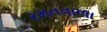
રમતવાળા